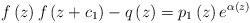
LaTeX: \begin{align*}f\left( z\right) f\left( z+c_{1}\right) -q\left( z\right) =p_{1}\left(z\right) e^{\alpha \left( z\right) } \end{align*}